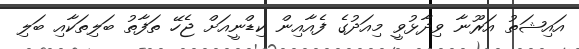
އައިޝަތު އަރޫނާ ވިދާޅުވީ މިއަދުގެ ފެއާއިން ކިޑްނީއަށް ޖެހޭ ތަފާތު ބަލިތަކާއި ބަލި